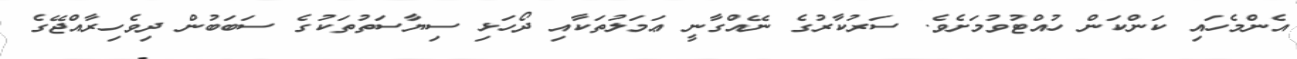
އެންމެހައި ކަންކަން ހުއްޓުވުމަށެވެ. ސަރުކާރުގެ ނޭއްގާނީ ޢަމަލުތަކާއި ދޯހަޅި ސިޔާސަތުތަކުގެ ސަބަބުން ދިވެހިރާއްޖޭގެ